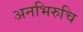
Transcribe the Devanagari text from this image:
अनभिरुचि